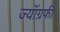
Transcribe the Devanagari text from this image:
ज्यॉग्रफी